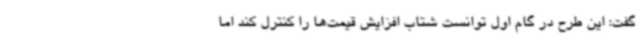
گفت: این طرح در گام اول توانست شتاب افزایش قیمت‌ها را کنترل کند اما